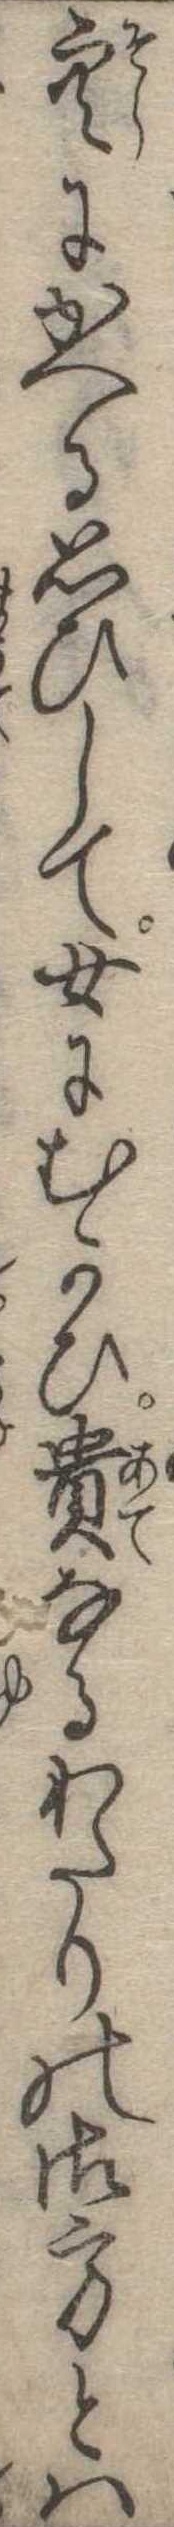
空にかへる思ひして女にむかひ貴なるわたりの御方とは